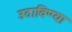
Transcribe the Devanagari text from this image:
उठाविण्या